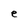
Character: e